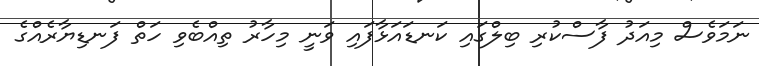
ނަމަވެސް މިއަދު ފާސްކުރި ބިލްގައި ކަނޑައަޅާފައި ވަނީ މިހާރު ތިއްބެވި ހަތް ފަނޑިޔާރެއްގެ